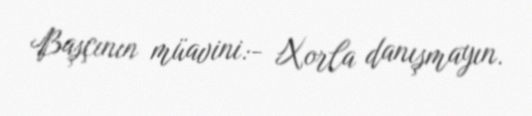
Başçının müavini:- Xorla danışmayın.